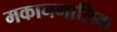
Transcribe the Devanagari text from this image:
मकानमालिक